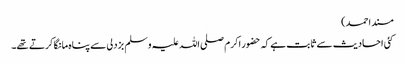
مسند احمد)
کئی احادیث سے ثابت ہے کہ حضور اکرم صلی اللہ علیہ وسلم بزدلی سے پناہ مانگا کرتے تھے۔